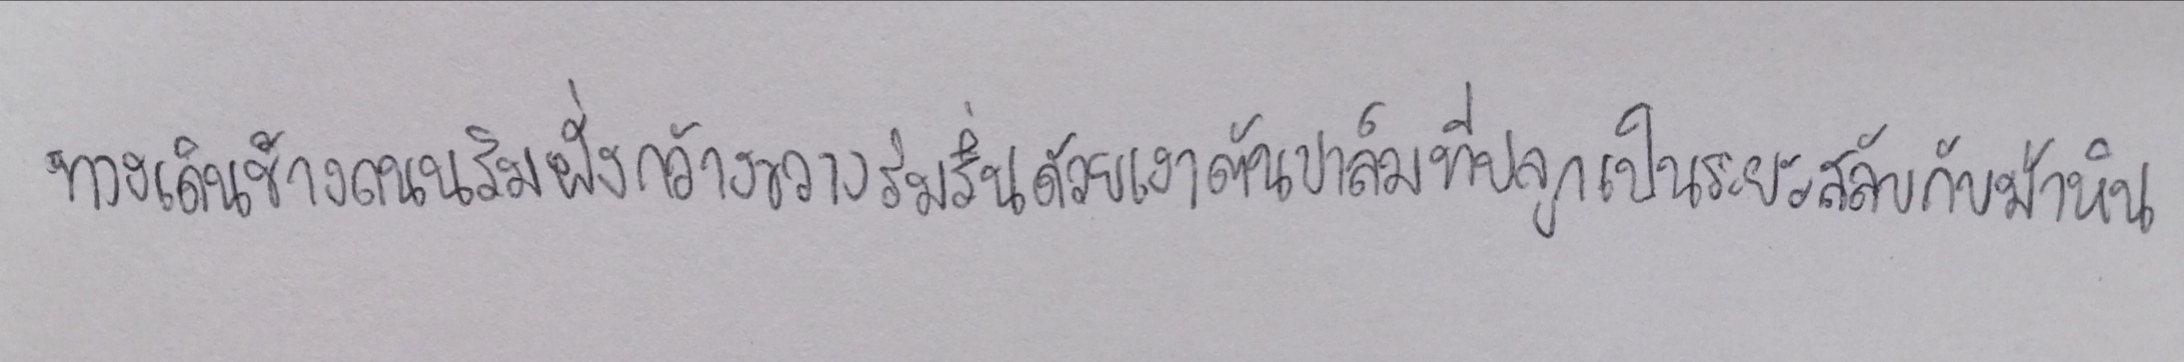
ทางเดินข้างถนนริมฝั่งกว้างขวางร่มรื่นด้วยเงาต้นปาล์มที่ปลูกเป็นระยะสลับกับม้าหิน